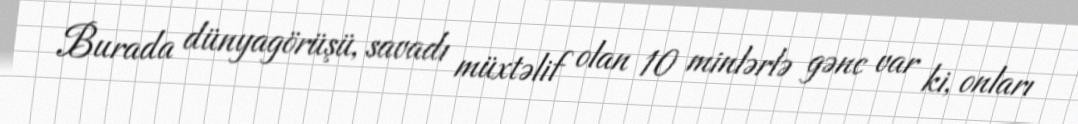
Burada dünyagörüşü, savadı müxtəlif olan 10 minlərlə gənc var ki, onları